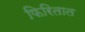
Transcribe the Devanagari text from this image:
फिरितात